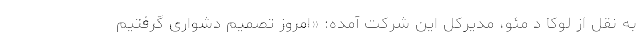
به نقل از لوکا د مئو، مدیرکل این شرکت آمده: «امروز تصمیم دشواری گرفتیم